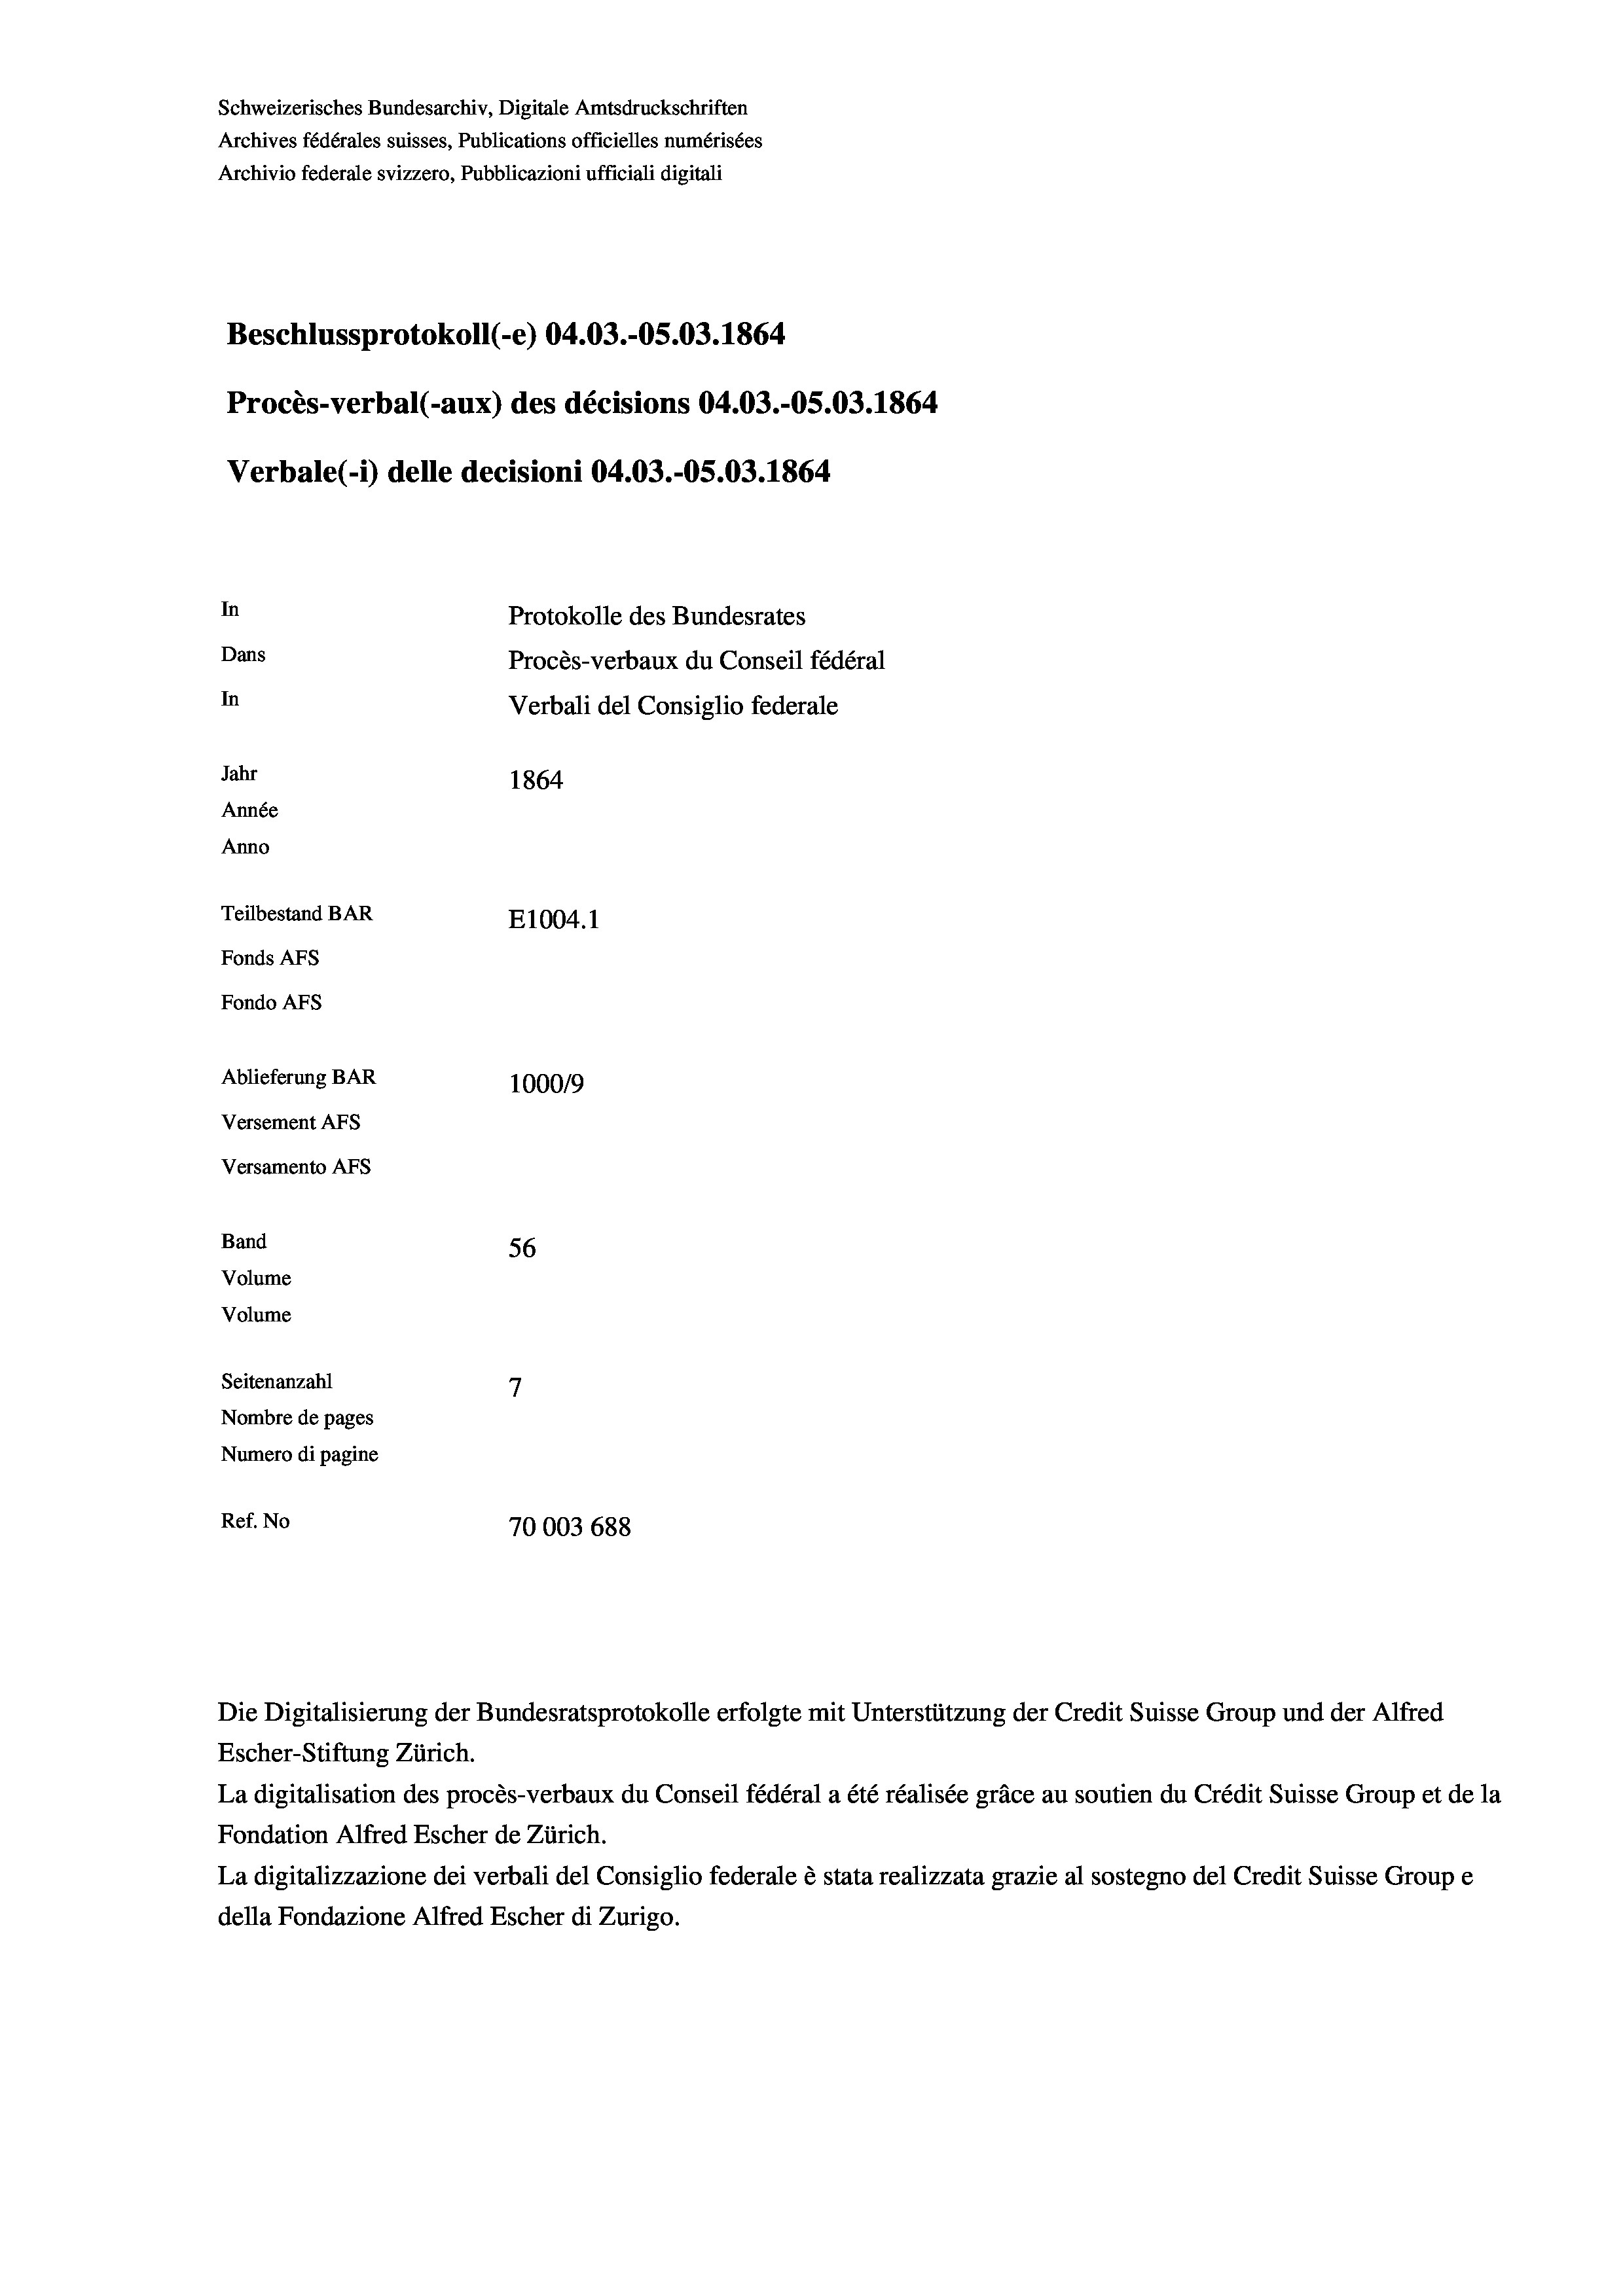
Beschlussprotokoll (-e) 04.03.-05.03. 1864
Procès-verbal (-aux) des décisions 04.03.-OS.03. 1864
Verbale(1) delle decisioni 04.03.-O5.03. 1864
In
Protokolle des Bundesrates
Dans
Procès-verbaux du Conseil fédéral
In
Verbali del Consiglio federale
Jahr
1864
Année
Anno
Teilbestand BAR
E1004. 1
Fonds AFs
Fondo AFs

Ablieferung BAR
Versement AFs
Versamento Afs
Band
Volume
Volume
Seitenanzahl

Schweizerisches Bundesarchiv, Digitale Amtsdruckschriften
Archives fédérales suisses, Publications officielles numérisées
Archivio federale svizzero, Pubblicazioni ufficiali digitali

100019
56
7
Nombre de pages
Numero di pagine
Ref. No
70003 688

La digitalisation des procès-verbaux du Conseil fédéral a été réalisée gräce au soutien du Crédit Suisse Group et de la
Fondation Alfred Escher de Zürich.
La digitalizzazione dei verbali del Consiglio federale è stata realizzata grazie al sostegno del Credit Suisse Groupe
della Fondazione Alfred Escher di Zurigo.

Die Digitalisierung der Bundesratsprotokolle erfolgte mit Unterstützung der Credit Suisse Group und der Alfred
Escher-Stiftung Zürich.